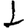
Digit: 1